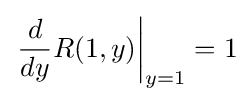
\left.{\frac {d}{dy}}R(1,y)\right|_{y=1}=1